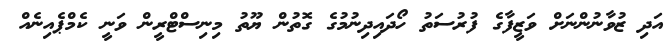
އަދި ޒުވާނުންނަށް ވަޒީފާގެ ފުރުސަތު ހޯދައިދިނުމުގެ ގޮތުން ޔޫތު މިނިސްޓްރީން ވަނީ ކެމްޕެއިނެއް